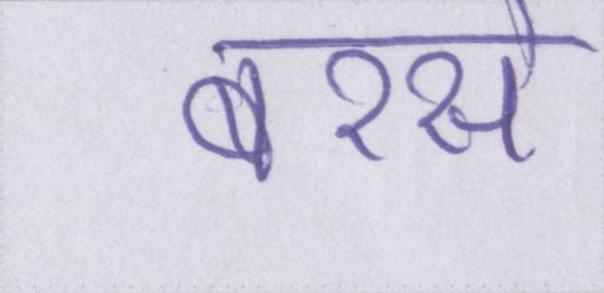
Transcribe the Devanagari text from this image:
बरसे